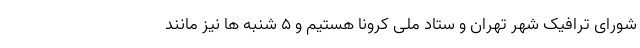
شورای ترافیک شهر تهران و ستاد ملی کرونا هستیم و ۵ شنبه ها نیز مانند